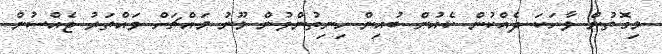
މިގޮތުން ވާހަކަ ދެއްކުން ކެއުން ބުއިން ހިނިތުންވުން މޫނު މައްޗަށް ވައްތަރު ޖެއްސުން